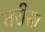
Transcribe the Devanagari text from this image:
तरीसा